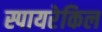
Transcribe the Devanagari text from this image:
स्पायरेकिल